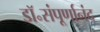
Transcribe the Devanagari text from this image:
डॉ॰संपूर्णानंद